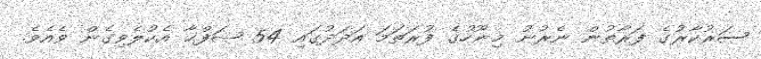
ސަރުކާރުގެ ފަރާތުން ނެރުނު މިނޫހުގެ ފުރަތަމަ އަދަދުގައި 54 ޞަފްޙާ އެކުލެވިގެން ވެއެވެ.